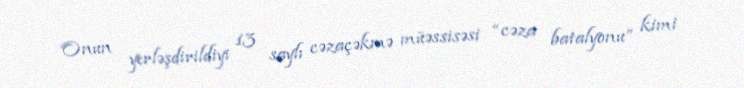
Onun yerləşdirildiyi 13 saylı cəzaçəkmə müəssisəsi “cəza batalyonu” kimi